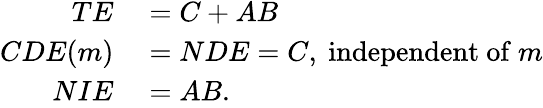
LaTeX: \begin{array}{rl}{TE}&{{}=C+AB}\\ {CDE(m)}&{{}=NDE=C,{\mathrm{~independent~of~}}m}\\ {NIE}&{{}=AB.}\end{array}